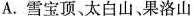
A.雪宝顶、太白山、果洛山